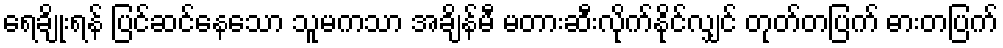
ရေချိုးရန် ပြင်ဆင်နေသော သူမကသာ အချိန်မီ မတားဆီးလိုက်နိုင်လျှင် တုတ်တပြက် ဓားတပြက်